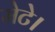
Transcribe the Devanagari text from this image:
मेटे।